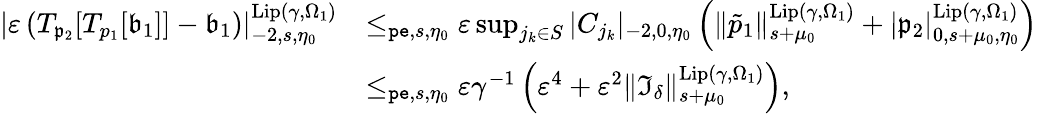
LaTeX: \begin{array}{rl}{|\varepsilon\left(T_{\mathfrak{p}_{2}}[T_{p_{1}}[\mathfrak{b}_{1}]]-\mathfrak{b}_{1}\right)|_{-2,s,\eta_{0}}^{\mathrm{Lip}(\gamma,\Omega_{1})}}&{\le_{\mathtt{pe},s,\eta_{0}}\varepsilon\operatorname*{sup}_{j_{k}\in S}|C_{j_{k}}|_{-2,0,\eta_{0}}\left(\rVert\tilde{p}_{1}\rVert_{s+\mu_{0}}^{\mathrm{Lip}(\gamma,\Omega_{1})}+|\mathfrak{p}_{2}|_{0,s+\mu_{0},\eta_{0}}^{\mathrm{Lip}(\gamma,\Omega_{1})}\right)}\\ &{\le_{\mathtt{pe},s,\eta_{0}}\varepsilon\gamma^{-1}\left(\varepsilon^{4}+\varepsilon^{2}\rVert\mathfrak{I}_{\delta}\rVert_{s+\mu_{0}}^{\mathrm{Lip}(\gamma,\Omega_{1})}\right),}\end{array}